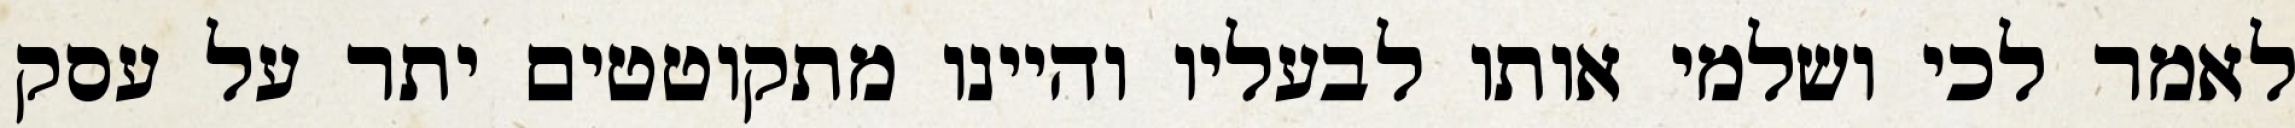
לאמר לכי ושלמי אותו לבעליו והיינו מתקוטטים יתר על עסק